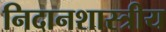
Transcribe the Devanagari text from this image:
निदानशास्त्रीय